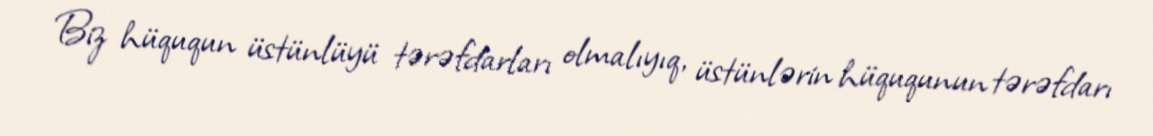
Biz hüququn üstünlüyü tərəfdarları olmalıyıq, üstünlərin hüququnun tərəfdarı